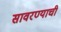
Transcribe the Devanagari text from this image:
सावरण्याची